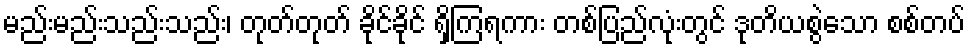
မည်းမည်းသည်းသည်း၊ တုတ်တုတ် ခိုင်ခိုင် ရှိကြရကား တစ်ပြည်လုံးတွင် ဒုတိယစွဲသော စစ်တပ်